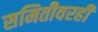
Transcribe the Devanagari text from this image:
समितीवरही